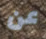
عن